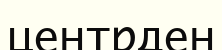
центрден